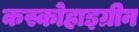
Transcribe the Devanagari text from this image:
कस्कोहाइग्रीन